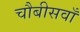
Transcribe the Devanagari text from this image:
चौबीसवाँ